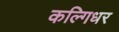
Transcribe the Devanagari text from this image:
कल्गिधर